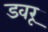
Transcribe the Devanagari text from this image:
डवरू